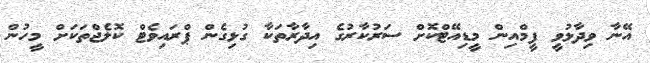
އޭނާ ވިދާޅުވީ ފީމްއިން މީޑިއޭޓްކޮށް ސަރުކާރުގެ އިދާރާތަކާ ގުޅިގެން ޕްރައިވެޓް ކޮލެޖްތަކަށް މީހުން